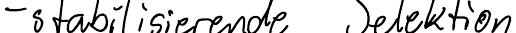
- stabilisierende Selektion